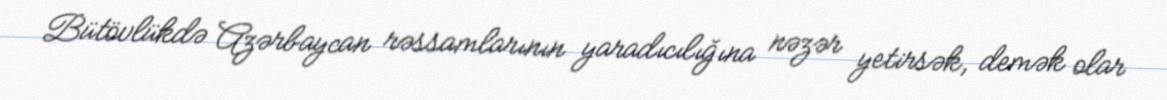
Bütövlükdə Azərbaycan rəssamlarının yaradıcılığına nəzər yetirsək, demək olar